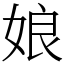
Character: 娘